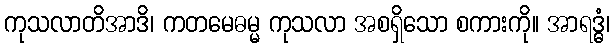
ကုသလာတိအာဒိ၊ ကတမေဓမ္မ ကုသလာ အစရှိသော စကားကို။ အာရဒ္ဓံ၊